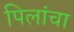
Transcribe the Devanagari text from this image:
पिलांचा